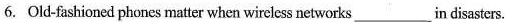
6. Old-fashioned phones matter when wircless networks___in disasters.